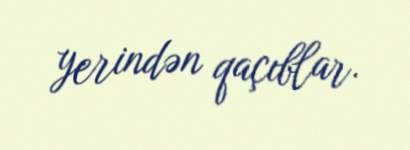
yerindən qaçıblar.